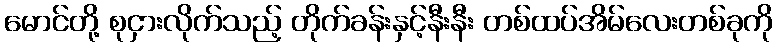
မောင်တို့ စုငှားလိုက်သည့် တိုက်ခန်းနှင့်နီးနီး တစ်ထပ်အိမ်လေးတစ်ခုကို